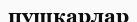
пушкарлар